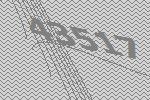
43517